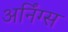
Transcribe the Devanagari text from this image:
अर्निंग्स